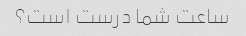
ساعت شما درست است؟